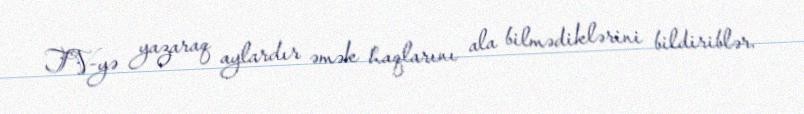
TV-yə yazaraq aylardır əmək haqlarını ala bilmədiklərini bildiriblər.